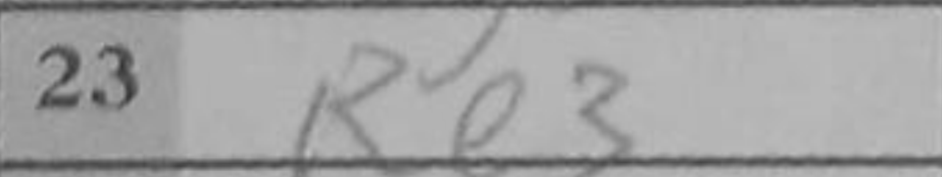
Transcription: Re3